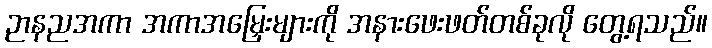
ဉာနညအကာ အကာအမြှေးများကို အနားဖေးဖတ်တစ်ခုလို တွေ့ရသည်။